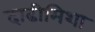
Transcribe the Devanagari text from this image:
दाढीमिशा